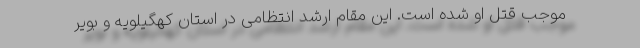
موجب قتل او شده است. این مقام ارشد انتظامی در استان کهگیلویه و بویر